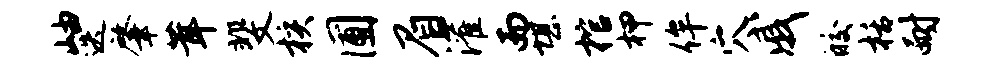
岫迭肇茸斐核圃眉灌而堪棺柙侔穴戚皎栝耐